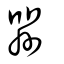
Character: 喌